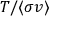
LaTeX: T / \langle \sigma v \rangle